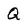
Character: Q